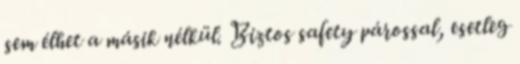
sem élhet a másik nélkül. Biztos safety párossal, esetleg